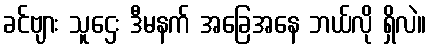
ခင်ဗျား သူဌေး ဒီမနက် အခြေအနေ ဘယ်လို ရှိလဲ။